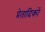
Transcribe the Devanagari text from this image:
प्रेतादिकों